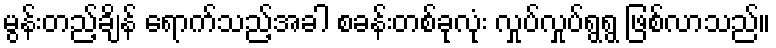
မွန်းတည့်ချိန် ရောက်သည့်အခါ စခန်းတစ်ခုလုံး လှုပ်လှုပ်ရွရွ ဖြစ်လာသည်။